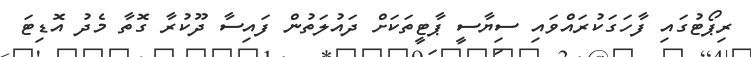
ރިޕޯޓުގައި ފާހަގަކުރައްވައި ސިޔާސީ ޕާޓީތަކަށް ދައުލަތުން ފައިސާ ދޫކުރާ ގޮތާ މެދު އޮޑިޓަ